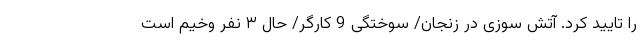
را تایید کرد. آتش سوزی در زنجان/ سوختگی 9 کارگر/ حال ۳ نفر وخیم است